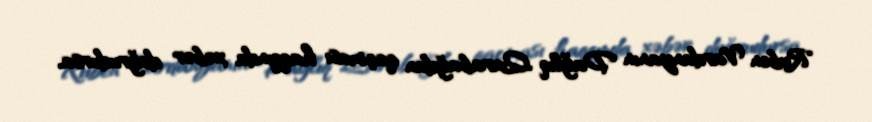
Ruben Vardanyanın Dağlıq Qarabağdan qaçması haqqında xəbər doğrudursa,